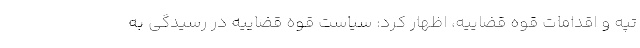
تپه و اقدامات قوه قضاییه، اظهار کرد: سیاست قوه قضاییه در رسیدگی به